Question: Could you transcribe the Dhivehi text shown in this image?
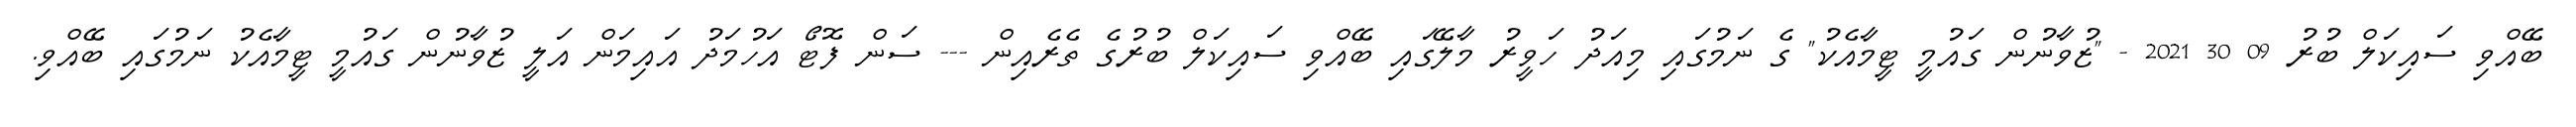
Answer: ބޭއްވި ސައިކަލް ބުރު 09 30 2021 - "ޒުވާނުން ގައުމީ ޓީމާއެކު" ގެ ނަމުގައި މިއަދު ހަވީރު މާލޭގައި ބޭއްވި ސައިކަލް ބުރުގެ ތެރެއިން --- ސަން ފޮޓޯ އަހުމަދު އައިމަން އަލީ ޒުވާނުން ގައުމީ ޓީމާއެކު ނަމުގައި ބޭއްވި.